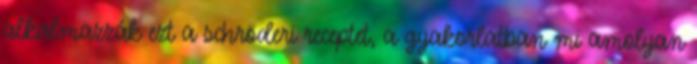
alkalmazzák ezt a schröderi receptet, a gyakorlatban mi amolyan